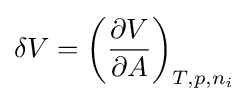
\delta V=\left({\frac {\partial V}{\partial A}}\right)_{T,p,n_{i}}